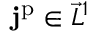
\mathbf { j } ^ { \mathrm { p } } \in \vec { L } ^ { 1 }